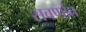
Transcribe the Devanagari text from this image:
सवर्णात